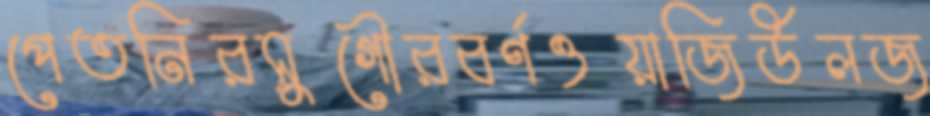
পেতনিরসুগৌরবর্ণওয়াজিউলজ